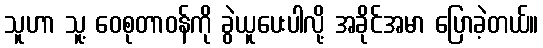
သူဟာ သူ့ ဝေစုတာဝန်ကို ခွဲယူပေးပါလို့ အခိုင်အမာ ပြောခဲ့တယ်။